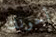
أخونك